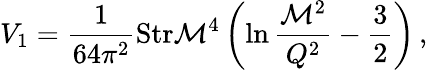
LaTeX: V_{1}={\frac{1}{64\pi^{2}}}\mathrm{Str}{\cal M}^{4}\left(\ln{\frac{{\cal M}^{2}}{Q^{2}}}-{\frac{3}{2}}\right)\, ,